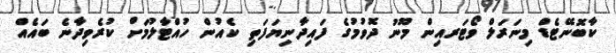
ކާބޮނޭޓެޑް މިނަރަލް ވޯޓަރއިން މޫނު ދޮވުމުގެ ފައިދާނިޔަފަތި ކެއުން ހުއްޓާލުމަށް ކުރެވިދާނެ ބައެއް